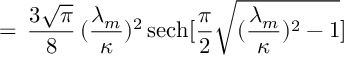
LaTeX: = \, \frac { 3 \sqrt { \pi } } { 8 } \, ( \frac { \lambda _ { m } } { \kappa } ) ^ { 2 } \, \mathrm { s e c h } [ \frac { \pi } { 2 } \sqrt { ( \frac { \lambda _ { m } } { \kappa } ) ^ { 2 } - 1 } ]